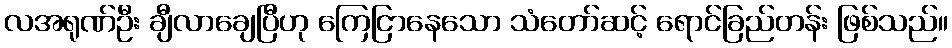
လအရုဏ်ဦး ချီလာချေပြီဟု ကြေငြာနေသော သံတော်ဆင့် ရောင်ခြည်တန်း ဖြစ်သည်။